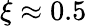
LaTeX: \xi\approx 0.5